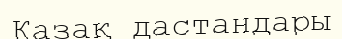
Қазақ дастандары